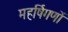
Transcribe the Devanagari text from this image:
महर्षिगणों